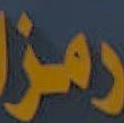
رمز